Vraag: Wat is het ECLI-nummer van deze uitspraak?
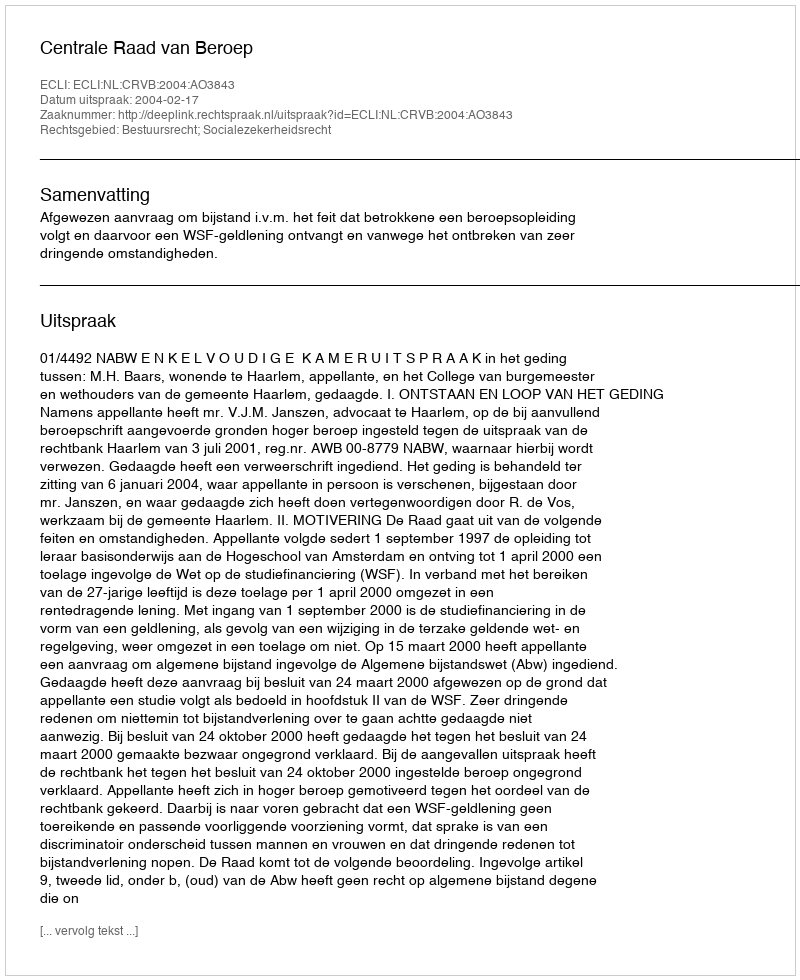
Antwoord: ECLI:NL:CRVB:2004:AO3843